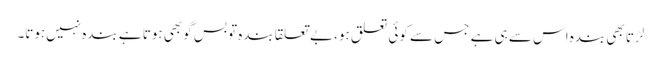
لڑتا بھی بندہ اس سے ہی ہے جس سے کوئی تعلق ہو، بے تعلقا بندہ تو بس گوبھی ہوتا ہے بندہ نہیں‌ہوتا۔